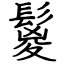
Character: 鬉